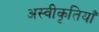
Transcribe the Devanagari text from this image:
अस्वीकृतियाँ